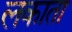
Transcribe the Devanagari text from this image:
लकाता